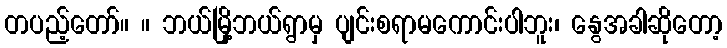
တပည့်တော်။ ။ ဘယ်မြို့ဘယ်ရွာမှ ပျင်းစရာမကောင်းပါဘူး၊ နွေအခါဆိုတော့